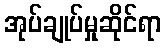
အုပ်ချုပ်မှုဆိုင်ရာ